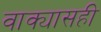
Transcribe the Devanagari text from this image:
वाक्यासही